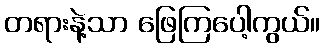
တရားနဲ့သာ ဖြေကြပေါ့ကွယ်။